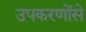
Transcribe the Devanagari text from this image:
उपकरणोंसे